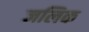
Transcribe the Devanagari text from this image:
जलिक